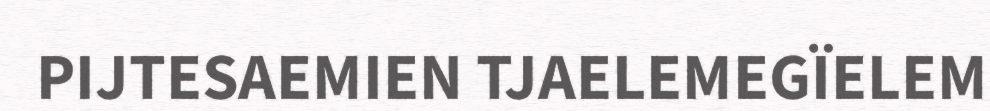
PIJTESAEMIEN TJAELEMEGÏELEM